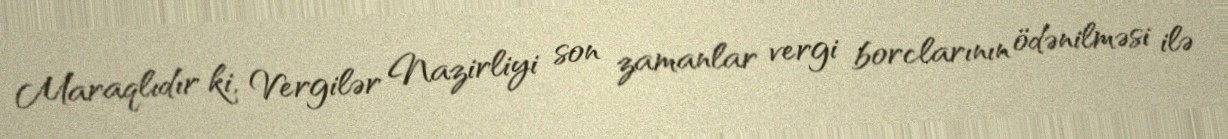
Maraqlıdır ki, Vergilər Nazirliyi son zamanlar vergi borclarının ödənilməsi ilə